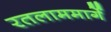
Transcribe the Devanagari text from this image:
रतलाममार्गे